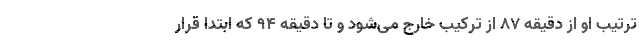
ترتیب او از دقیقه ۸۷ از ترکیب خارج می‌شود و تا دقیقه ۹۴ که ابتدا قرار